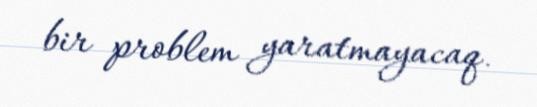
bir problem yaratmayacaq.